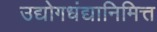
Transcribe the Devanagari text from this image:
उद्योगधंद्यानिमित्त